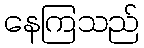
နေကြသည်